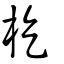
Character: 杚